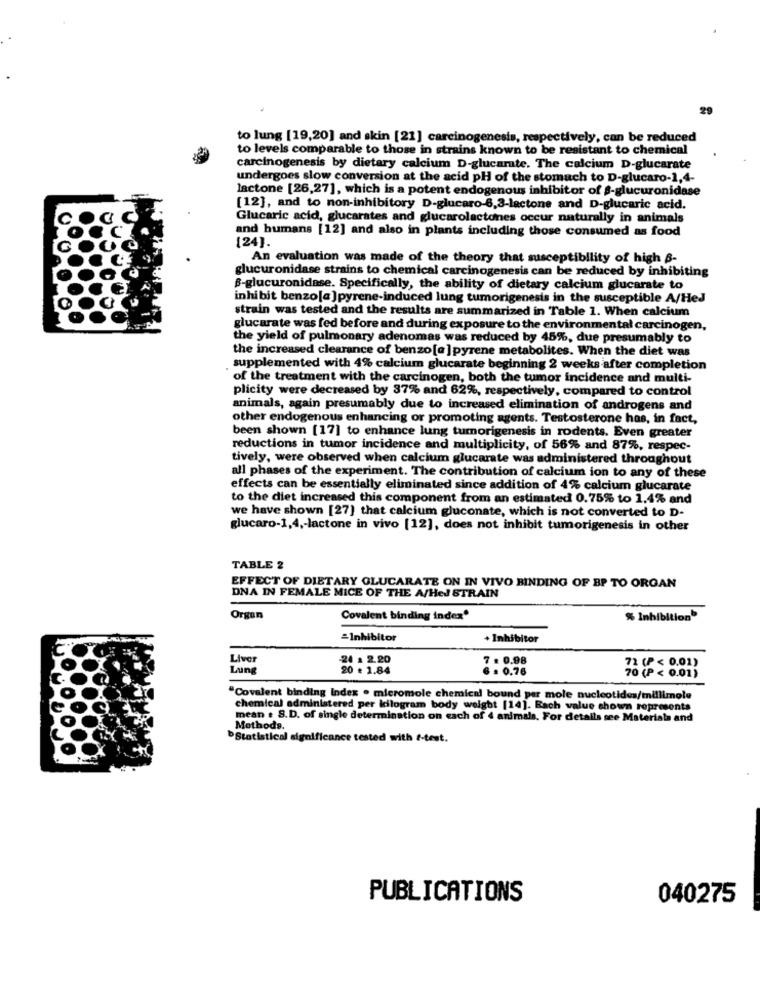
to lung [19,20] and skin [21] carcinogenesis, respectively, can be reduced
to levels comparable to those in strains known to be resistant to chemical
carcinogenesis by dietary calcium D-glucarate. The calcium D-glucarate
undergoes slow conversion at the acid pH of the stomach to D-glucaro-1,4-
lactone [26,27], which is a potent endogenous inhibitor of $-glucuronidase
[12], and to non-inhibitory D-glucaro-6,3-lactone and D-glucaric acid.
Glucaric acid, glucarates and glucarolactones occur naturally in animals
and humans [12] and also in plants including those consumed as food
[24].
An evaluation was made of the theory that susceptibllity of high 6-
glucuronidase strains to chemical carcinogenesis can be reduced by inhibiting
B-glucuronidase. Specifically, the ability of dietary calcium glucarate to
inhibit benzo[a ]pyrene-induced lung tumorigenesis in the susceptible A/Hed
strain was tested and the results are summarized in Table 1. When calcium
glucarate was fed before and during exposure to the environmental carcinogen,
the yield of pulmonary adenomas was reduced by 45%, due presumably to
the increased clearance of benzo[a] pyrene metabolites. When the diet was
supplemented with 4% calcium glucarate beginning 2 weeks after completion
of the treatment with the carcinogen, both the tumor incidence and multi-
plicity were decreased by 37% and 62%, respectively, compared to control
animals, again presumably due to increased elimination of androgens and
other endogenous enhancing or promoting agents. Testosterone has, in fact,
been shown [17] to enhance lung tumorigenesis in rodents. Even greater
reductions in tumor incidence and multiplicity, of 56% and 87%, respec-
tively, were observed when calcium glucarate was administered throughout
all phases of the experiment. The contribution of calcium ion to any of these
effects can be essentially eliminated since addition of 4% calcium glucarate
to the diet increased this component from an estimated 0.75% to 1.4% and
we have shown [27) that calcium gluconate, which is not converted to D-
glucaro-1,4 ,- lactone in vivo [12], does not inhibit tumorigenesis in other
TABLE 2
EFFECT OF DIETARY GLUCARATE ON IN VIVO BINDING OF BP TO ORGAN
DNA IN FEMALE MICE OF THE A/HeJ STRAIN
Organ
Covalent binding index
% Inhibition
=Inhibitor
+ Inhibitor
Liver
24 . 2.20
7 . 0.98
72 (P < 0.01)
Lung
20 : 1.84
6 .0.76
70 (P < 0.01)
"Covalent binding Index . micromole chemical bound per mole nucleotides/millimole
chemical administered per kilogram body weight [14]. Each value shown represents
mean : S.D. of single determination on each of 4 animals. For details see Materials and
Methods.
Statistical significance tested with t-test.
PUBLICATIONS
040275